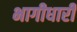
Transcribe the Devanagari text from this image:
भागीधारी